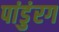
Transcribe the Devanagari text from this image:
पांडुंरग